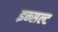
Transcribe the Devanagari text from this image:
इन्सल्ट